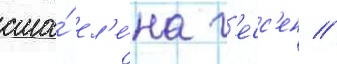
сша́ ел'е́на г'есс'ен //